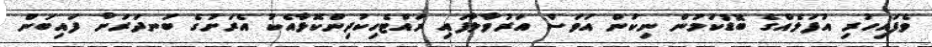
ވެފައިހުރި އުފަލެއްގެ ބޮޑުކަމުން ނިކަން އަވަސް އަރުވާލާފައި ރައްޓެހިކުދިންކޮޅާއެކު އެރަށުގެ ބަނދަރަށް ފައިބަން